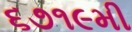
૬૭૧૯મી